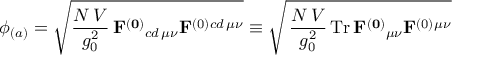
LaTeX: \phi _ { ( a ) } = \sqrt { { \frac { N \, V } { g _ { 0 } ^ { 2 } } } \, \mathbf { F ^ { ( 0 ) } } { } _ { c d \, \mu \nu } \mathbf { F } ^ { ( 0 ) } { } ^ { c d \, \mu \nu } } \equiv \sqrt { \, { \frac { N \, V } { g _ { 0 } ^ { 2 } } } \, \mathrm { T r } \, \mathbf { F ^ { ( 0 ) } } { } _ { \mu \nu } \mathbf { F } ^ { ( 0 ) } { } ^ { \mu \nu } }